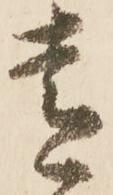
青